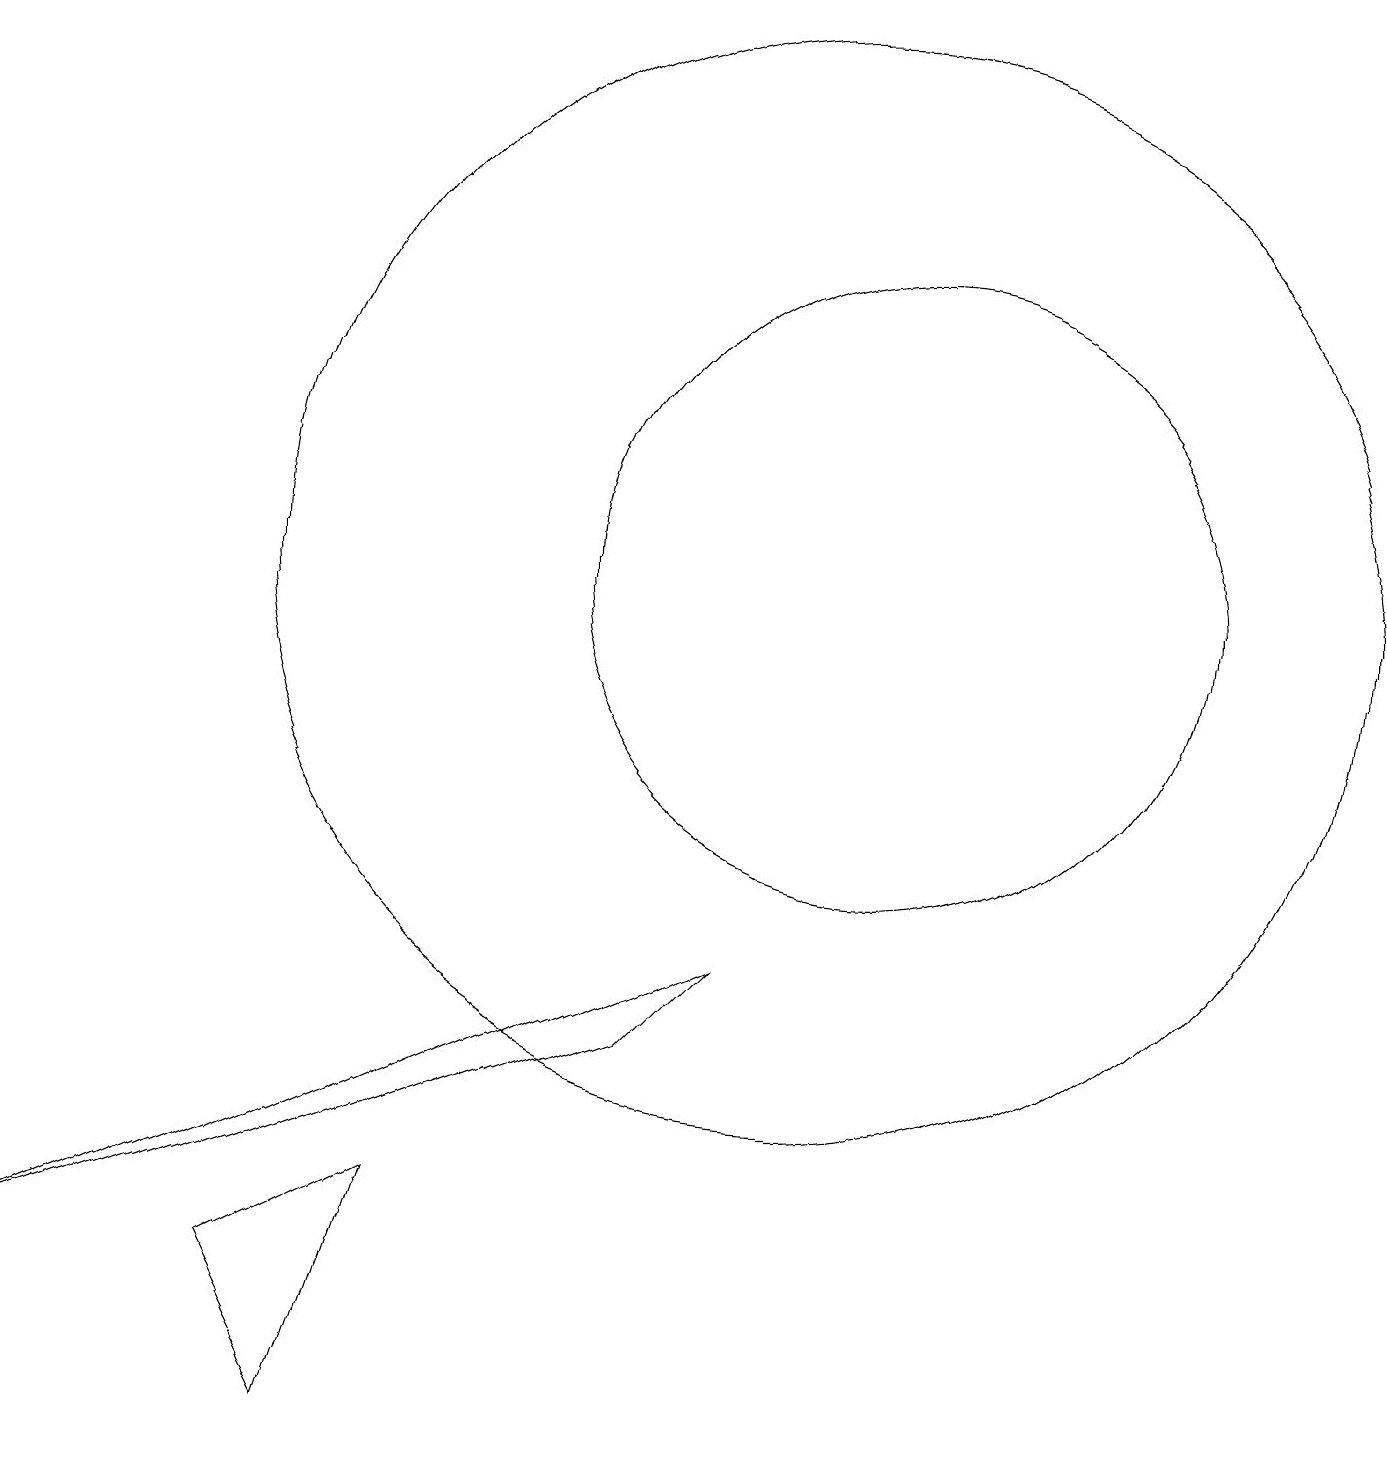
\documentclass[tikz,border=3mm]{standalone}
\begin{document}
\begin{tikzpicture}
\draw (3,2) -- (4,0) -- (5,3) -- cycle;
\draw (10,11) circle (7);
\draw (11,11) circle (4);
\draw (0,2) -- (9,6) -- (8,5) -- cycle;
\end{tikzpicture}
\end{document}